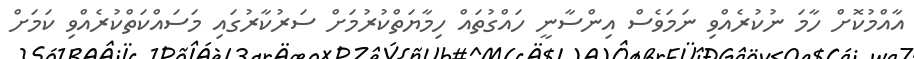
އާއްމުކޮށް ހާމަ ނުކުރެއްވި ނަމަވެސް އިންސާނީ ހައްގުތައް ހިމާޔަތްކުރުމަށް ސަރުކާރުގައި މަސައްކަތްކުރެއްވި ކަމަށް